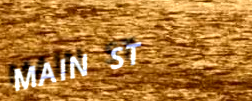
MAIN ST